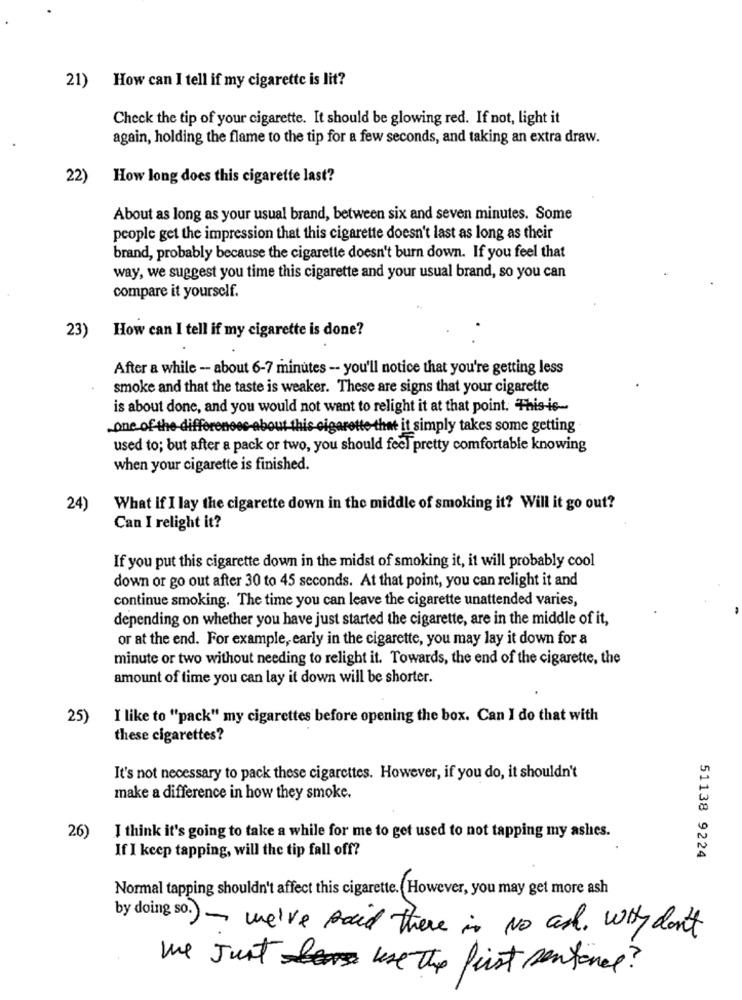
21)
How can I tell if my cigarette is lit?
Check the tip of your cigarette. It should be glowing red. If not, light it
again, holding the flame to the tip for a few seconds, and taking an extra draw.
22)
How long does this cigarette last?
About as long as your usual brand, between six and seven minutes. Some
people get the impression that this cigarette doesn't last as long as their
brand, probably because the cigarette doesn't burn down. If you feel that
way, we suggest you time this cigarette and your usual brand, so you can
compare it yourself.
How can I tell if my cigarette is done?
23)
After a while -- about 6-7 minutes -- you'll notice that you're getting less
smoke and that the taste is weaker. These are signs that your cigarette
is about done, and you would not want to relight it at that point. This is-
one of the differences-about this cigarette that it simply takes some getting
used to; but after a pack or two, you should feel pretty comfortable knowing
when your cigarette is finished.
24)
What If I lay the cigarette down in the middle of smoking it? Will it go out?
Can I relight it?
If you put this cigarette down in the midst of smoking it, it will probably cool
down or go out after 30 to 45 seconds. At that point, you can relight it and
continue smoking. The time you can leave the cigarette unattended varies,
depending on whether you have just started the cigarette, are in the middle of it,
or at the end. For example, early in the cigarette, you may lay it down for a
minute or two without needing to relight it. Towards, the end of the cigarette, the
amount of time you can lay it down will be shorter.
25)
I like to "pack" my cigarettes before opening the box. Can I do that with
these cigarettes?
It's not necessary to pack these cigarettes. However, if you do, it shouldn't
make a difference in how they smoke.
26)
I think it's going to take a while for me to get used to not tapping my ashes.
If I keep tapping, will the tip fall off?
51138 9224
Normal tapping shouldn't affect this cigarette. However, you may get more ash
by doing so. ) - we've said there is No and. Why don't
We Just use the first sentence?